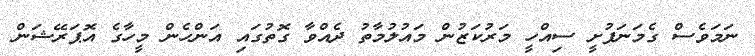
ނަމަވެސް ގެމަނަފުށީ ސިއްހީ މަރުކަޒުން މައުލުމާތު ދެއްވާ ގޮތުގައި އަންހެން މީހާގެ އޮޕަރޭޝަން